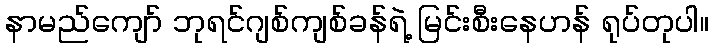
နာမည်ကျော် ဘုရင်ဂျစ်ကျစ်ခန်ရဲ့ မြင်းစီးနေဟန် ရုပ်တုပါ။